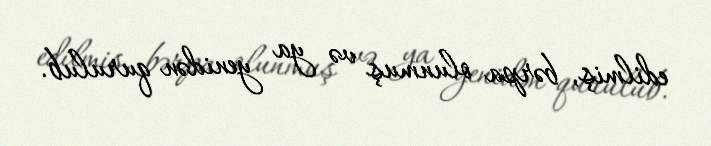
edilmiş, bərpa olunmuş və ya yenidən qurulub.